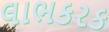
લાભકરક